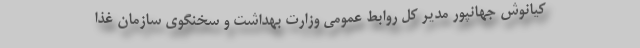
کیانوش جهانپور مدیر کل روابط عمومی وزارت بهداشت و سخنگوی سازمان غذا